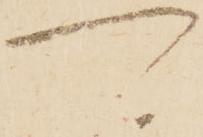
可